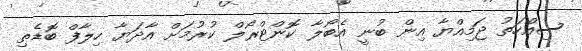
ސިއްހަތު ޖަމިއްޔާ އިން ބުނީ އެބޯލާ ކޮންޓްރޯލް ކުރުމަށް އާދަޔާ ހިލާފް ބޮޑެތި